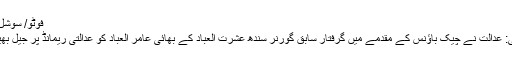
فوٹو/ سوشل میڈیا
کراچی: عدالت نے چیک باؤنس کے مقدمے میں گرفتار سابق گورنر سندھ عشرت العباد کے بھائی عامر العباد کو عدالتی ریمانڈ پر جیل بھیج دیا۔